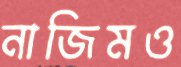
নাজিমও